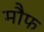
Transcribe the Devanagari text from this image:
मौफ